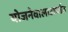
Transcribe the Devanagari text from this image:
योजनेवालाअर्थात